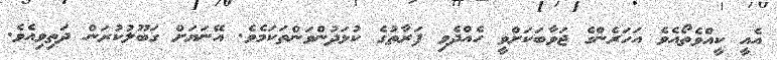
އެއީ ކީއްވެތޯއެވެ އަހަރެންގެ ޖަވާބަކަށްވީ ހެއްދެވި ފަރާތުގެ ކުޅަދުންވަންތަކަމެވެ. އޭނަޔަށް ގަބޫލުކުރަން ދަތިވިއެވެ.